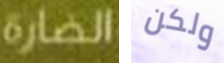
الضارة ولكن